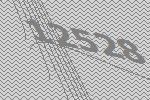
12528